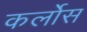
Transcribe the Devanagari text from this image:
कर्लोस